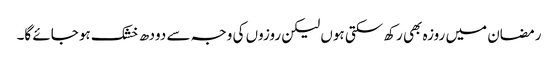
رمضان میں روزہ بھی رکھ سکتی ہوں لیکن روزوں کی وجہ سے دودھ خشک ہو جائے گا۔